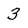
Character: 3